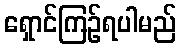
ရှောင်ကြဉ်ရပါမည်